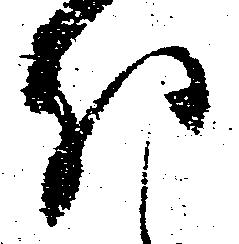
ほ